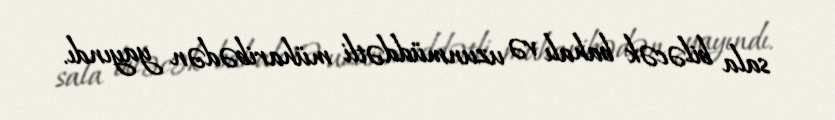
sala biləcək bahalı və uzunmüddətli müharibədən yayındı.